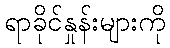
ရာခိုင်နှုန်းများကို